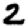
Digit: 2